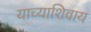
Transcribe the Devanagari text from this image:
याच्याशिवाय